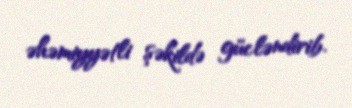
əhəmiyyətli şəkildə gücləndirib.